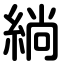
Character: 緔